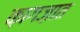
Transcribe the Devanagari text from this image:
क़ागज़ात